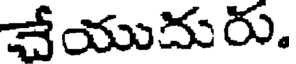
చేయుదురు.